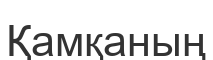
Қамқаның